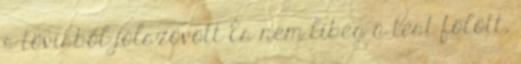
s tövisből jólszövött És nem libeg a test fölött,